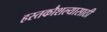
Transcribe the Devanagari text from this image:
हस्तकौशल्यासाठी